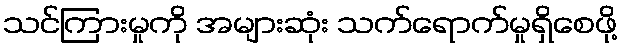
သင်ကြားမှုကို အများဆုံး သက်ရောက်မှုရှိစေဖို့